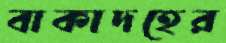
বাকাদহের